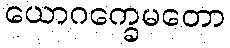
ယောဂက္ခေမတော